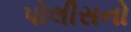
પોલીસનો